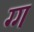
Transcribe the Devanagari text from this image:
ग्ग